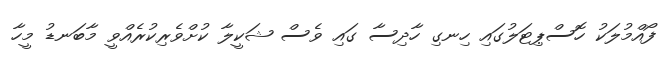
ފޯއްމުލަކު ހޮސްޕިޓަލުގައި ހިނގި ހާދިސާ ގައި ވެސް ޝަކީލާ ކުށްވެރިކުރެއްވީ މާބަނޑު މީހާ